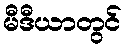
မီဒီယာတွင်